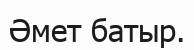
Әмет батыр.